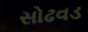
સોઢવડ